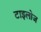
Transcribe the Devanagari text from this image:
टाइलोज